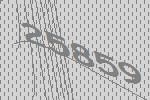
25859